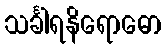
သင်္ခါရနိရောဓော